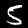
Label: 5